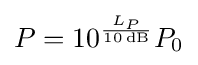
P=10^{\frac {L_{P}}{10\,{\text{dB}}}}P_{0}